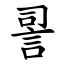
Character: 䛐